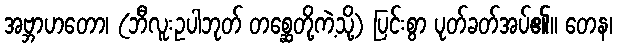
အဗ္ဘာဟတော၊ (ဘီလူးဥပါဘုတ် တစ္ဆေတို့ကဲ့သို့) ပြင်းစွာ ပုတ်ခတ်အပ်၏။ တေန၊